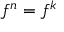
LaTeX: f ^ { n } = f ^ { k }